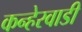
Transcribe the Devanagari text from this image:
कन्हेरवाडी